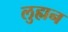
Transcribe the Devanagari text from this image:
लुह्मन